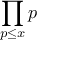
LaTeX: \prod _ { p \leq x } p